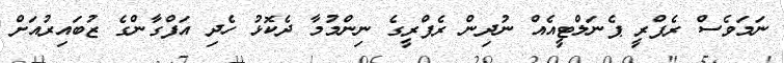
ނަމަވެސް ރެފްރީ ޕެނަލްޓީއެއް ނުދިން ރެފްރީގެ ނިންމުމާ ދެކޮޅު ހެދި އަފްގާންގެ ޒުބައިރުއަށް